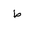
Letter: _da